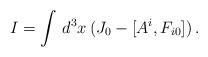
LaTeX: \begin{align*}I = \int \, d^3x \, (J_{0} - [A^{i},F_{i0}]) \, .\end{align*}